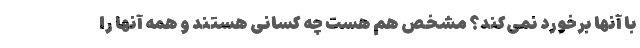
با آنها برخورد نمی‌کند؟ مشخص هم هست چه کسانی هستند و همه آنها را